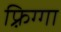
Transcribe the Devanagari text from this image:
फ़्रिग्गा